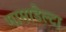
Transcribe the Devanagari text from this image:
गामाडेल्टा